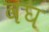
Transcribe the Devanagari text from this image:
वघ